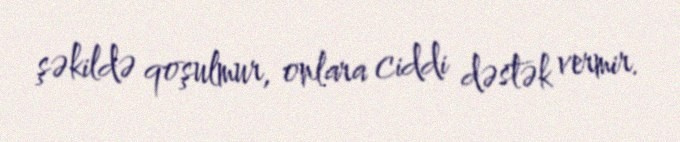
şəkildə qoşulmur, onlara ciddi dəstək vermir.